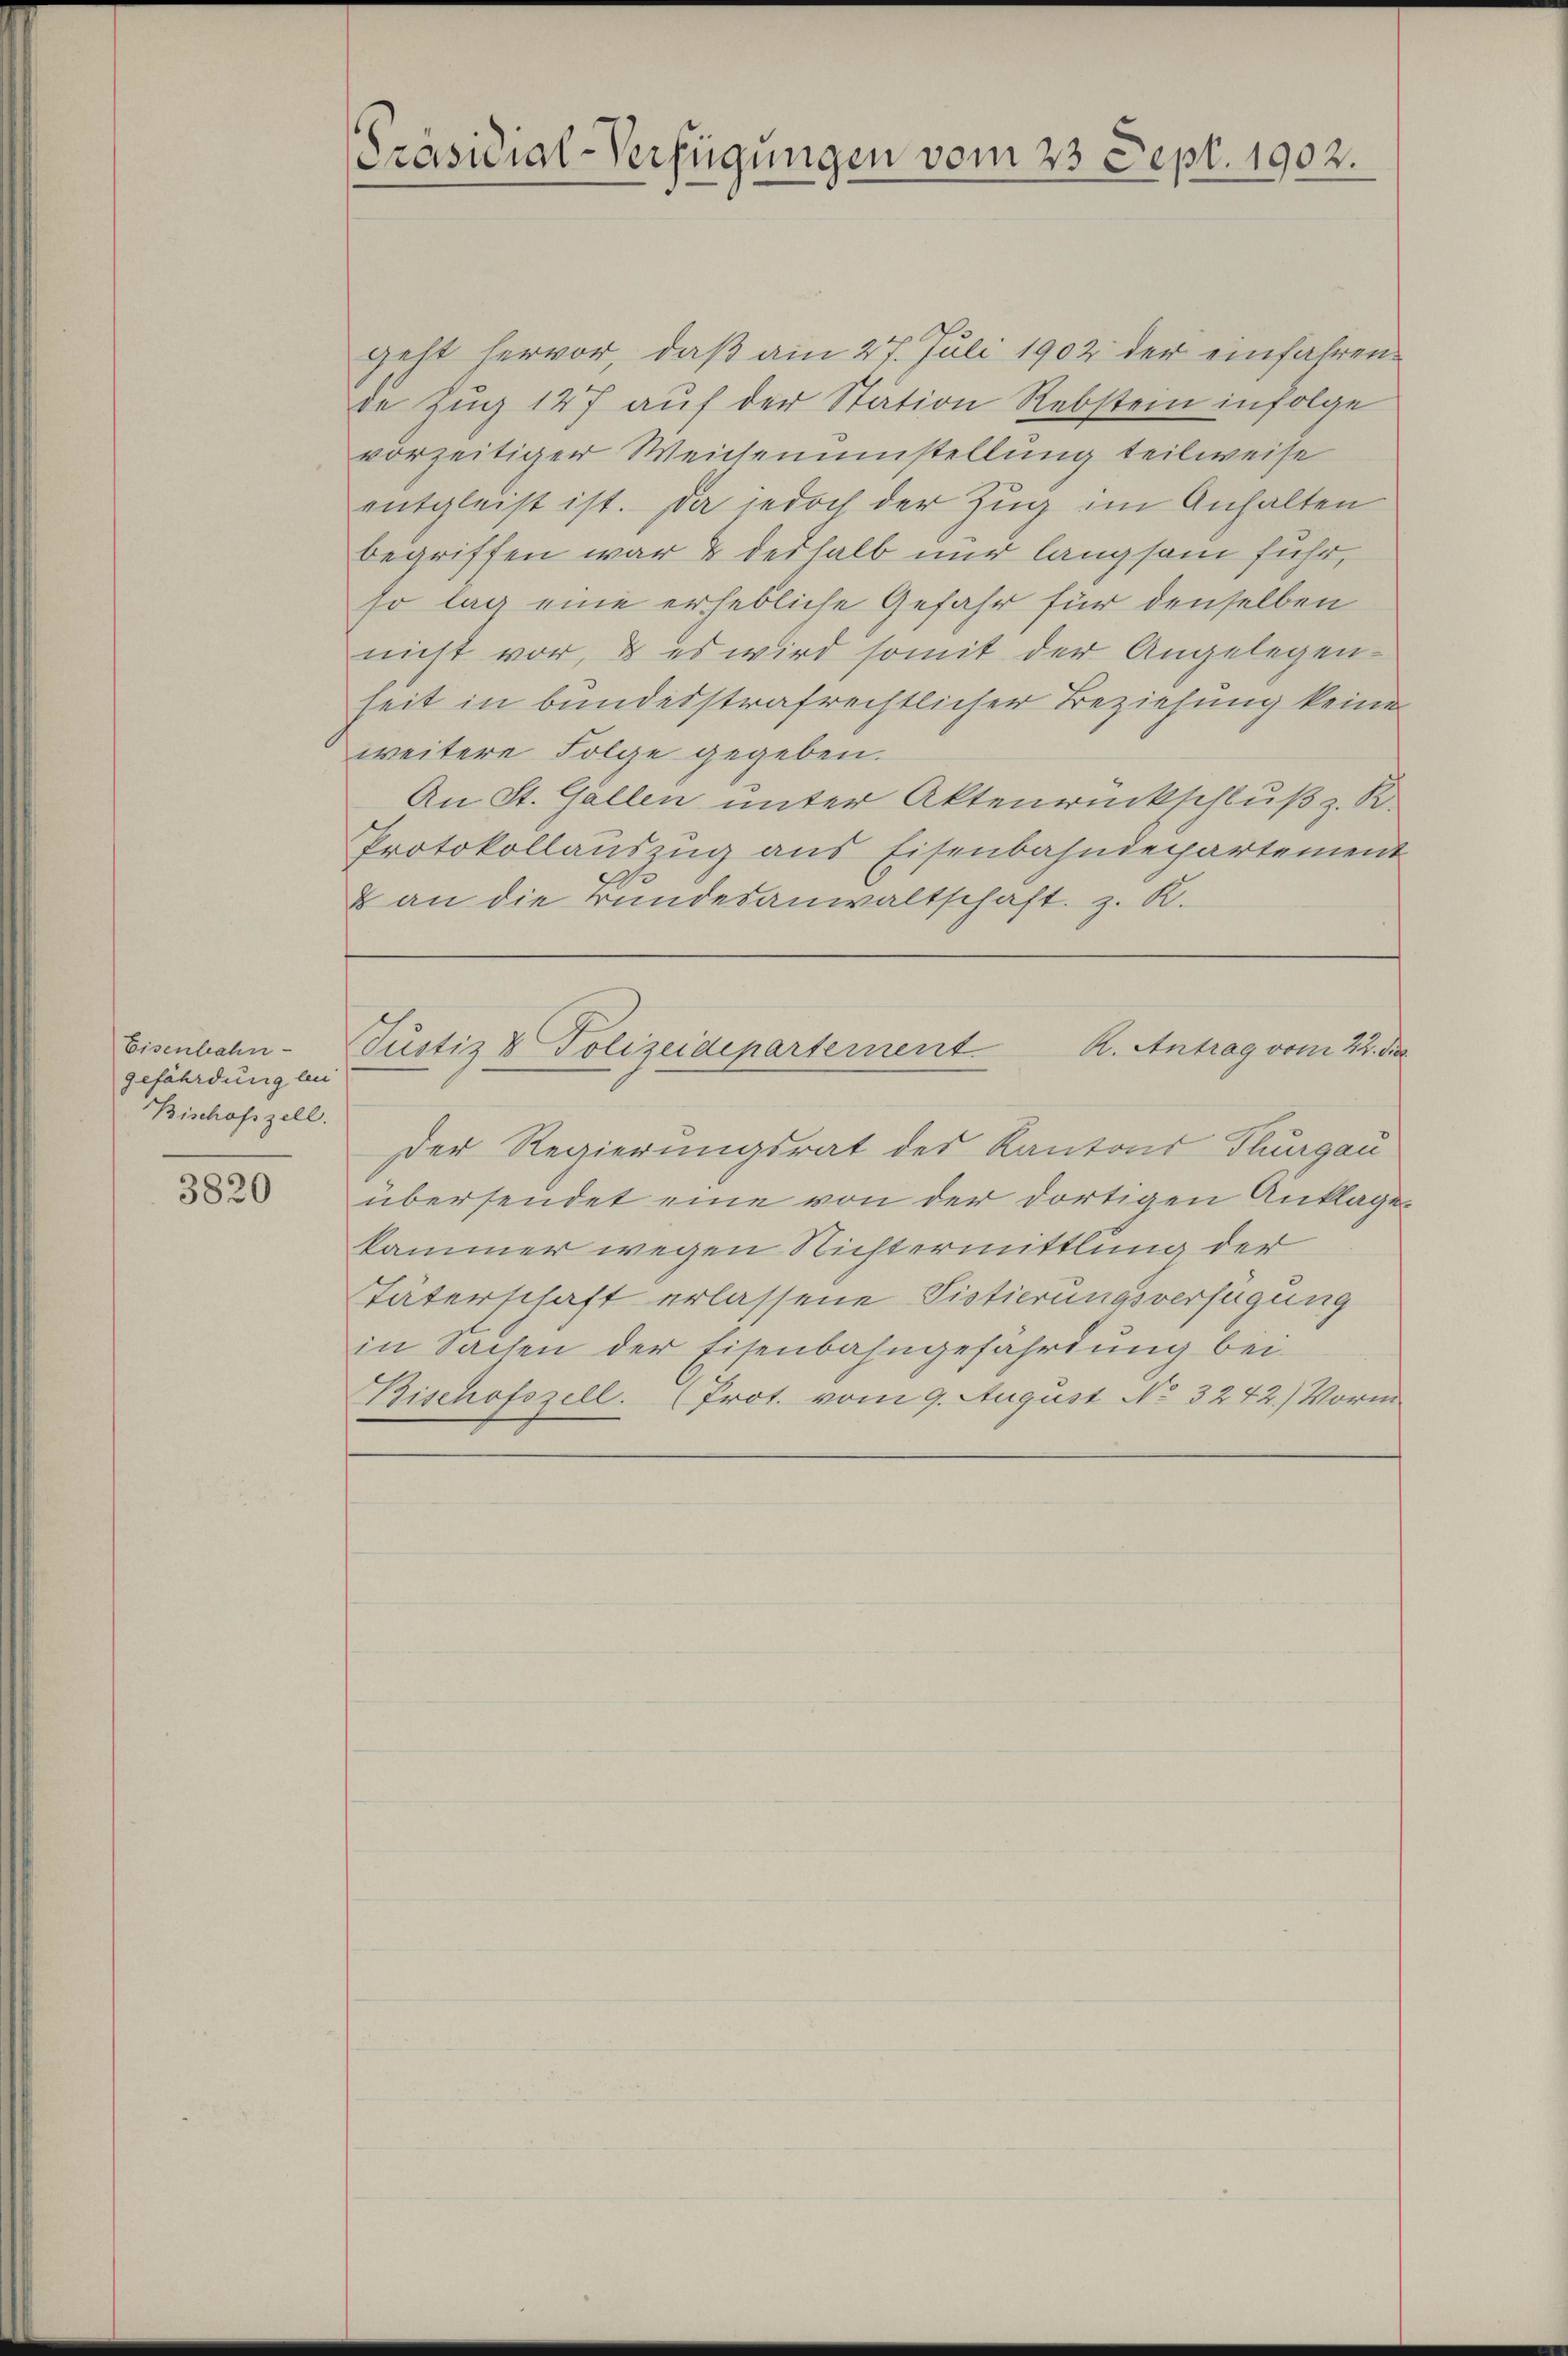
Eisenbahn
gefährdung lei
Bischofszell.

3820

[Präsidial-Verfügungen vom 23. Sept. 1902.

geht hervor, daß am 27. Juli 1902 der einfahrende Zug 147 auf der Station Rebstem infolge
vorzeitiger Weichenumstellung teilweise
entgleist ist. Da jedoch der Zug im Anhalten
begriffen war & deshalb nur langsam fuhr,
so lag eine erhebliche Gefahr für denselben
nicht vor, & es wird somit der Angelegen-
heit in bundesstrafrechtlicher Beziehung keine
weitere Folge gegeben.
An St. Gallen unter Aktenrückschluß z. B.
Protokollauszug aus Eisenbahndepartement
& an die Bundesanwaltschaft z. R.

R. Antrag vom 22. Dez.
Justiz & Polizeidepartement

Der Regierungsrat des Kantons Thurgau
übersendet eine von der dortigen Anklagekammer wegen Nichtermittlung der
Täterschaft erlassene Sistierungsverfügung
in Sachen der Eisenbahngefährdung bei
Bischofszell. (Prot. vom 9. August No. 3242.) Vorm